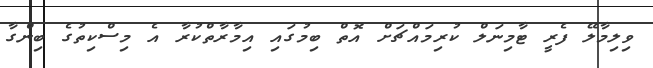
ވިލިމާލޭ ފެރީ ޓާމިނަލް ކުރިމައްޗަށް އޮތް ބިމުގައި އިމާރާތްކުރާ އެ މިސްކިތުގެ ބިންގާ